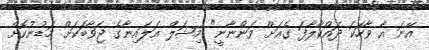
އޭނަ އާ ވާހަކަ ދައްކާލާފަ ގެއަށް ވަންނާނީ" މިޝަލް އަލައިނާގެ ޖަވާބަކަށް މަޑުނުކޮށް